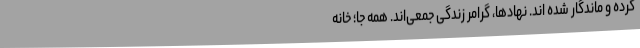
کرده و ماندگار شده اند. نهادها، گرامر زندگی جمعی‌اند. همه جا؛ خانه